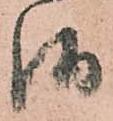
御